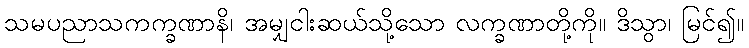
သမပညာသကက္ခဏာနိ၊ အမျှငါးဆယ်သို့သော လက္ခဏာတို့ကို။ ဒိသွာ၊ မြင်၍။